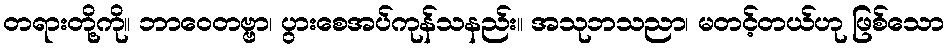
တရားတို့ကို။ ဘာဝေတဗ္ဗာ၊ ပွားစေအပ်ကုန်သနည်း။ အသုဘသညာ၊ မတင့်တယ်ဟု ဖြစ်သော